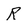
Character: R